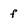
Character: f